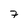
Character: 7